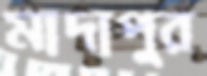
মাদাপুর